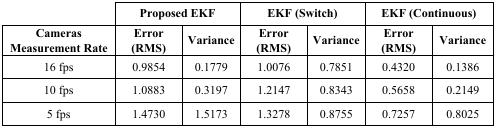
<table><thead><tr><td></td><td colspan="2"><b>Proposed EKF</b></td><td colspan="2"><b>EKF (Switch)</b></td><td colspan="2"><b>EKF (Continuous)</b></td></tr><tr><td><b>Cameras Measurement Rate</b></td><td><b>Error (RMS)</b></td><td><b>Variance</b></td><td><b>Error (RMS)</b></td><td><b>Variance</b></td><td><b>Error (RMS)</b></td><td><b>Variance</b></td></tr></thead><tbody><tr><td>16 fps</td><td>0.9854</td><td>0.1779</td><td>1.0076</td><td>0.7851</td><td>0.4320</td><td>0.1386</td></tr><tr><td>10 fps</td><td>1.0883</td><td>0.3197</td><td>1.2147</td><td>0.8343</td><td>0.5658</td><td>0.2149</td></tr><tr><td>5 fps</td><td>1.4730</td><td>1.5173</td><td>1.3278</td><td>0.8755</td><td>0.7257</td><td>0.8025</td></tr></tbody></table>